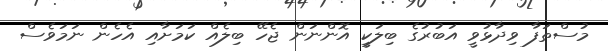
މުސްތަފާ ވިދާޅުވީ އަބުރުގެ ބިލަކީ އޮންނަން ޖެހޭ ބިލެއް ކަމަށާއި އެހެން ނަމަވެސް